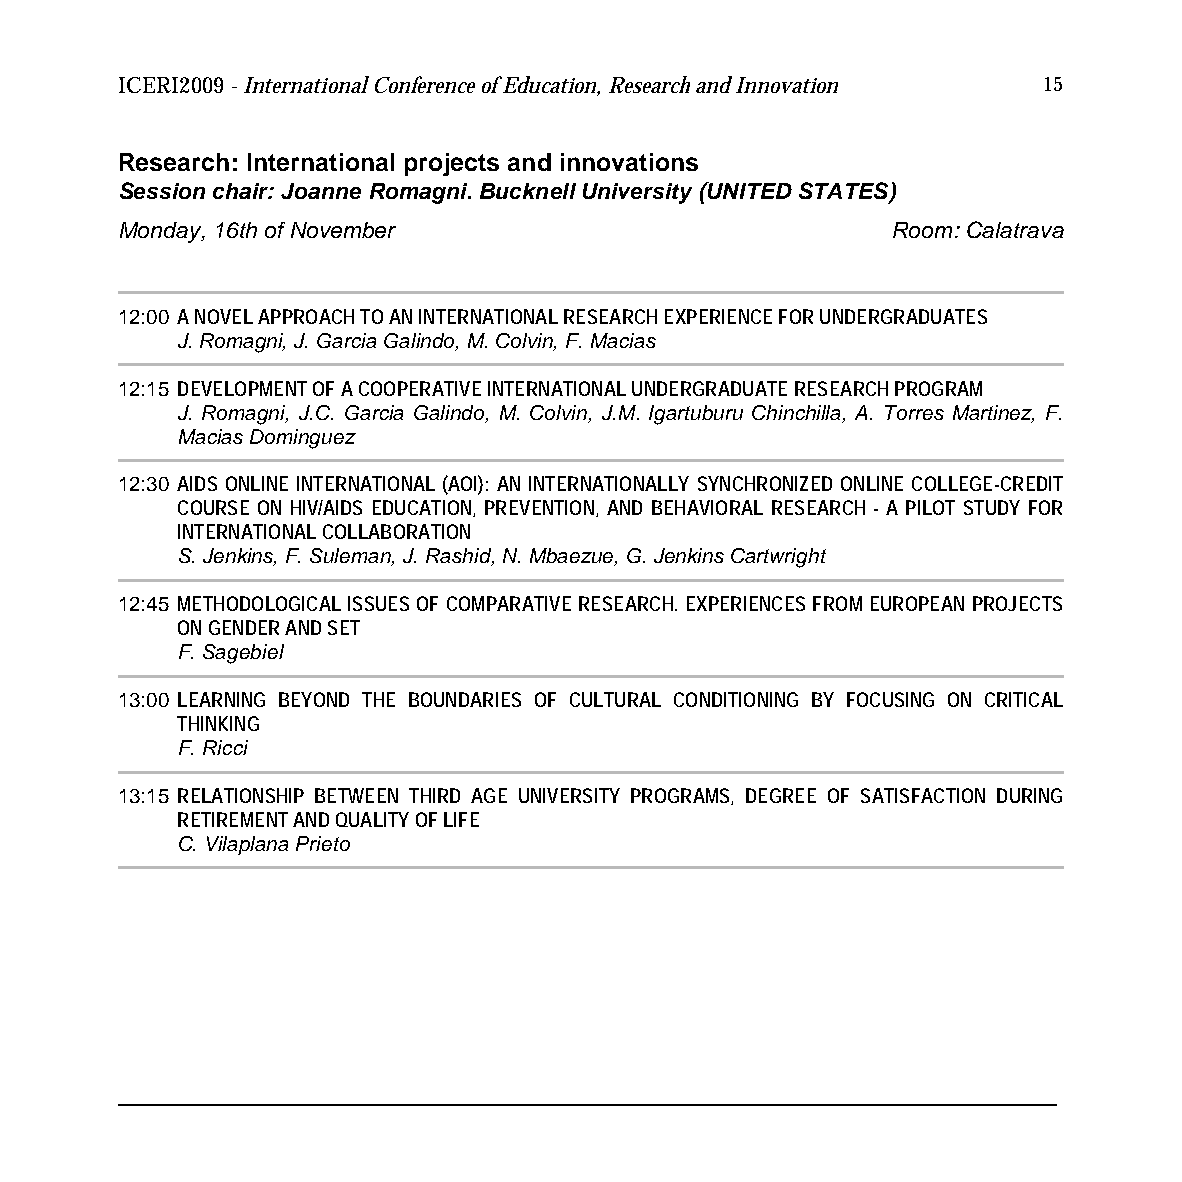
ICERI2009 - International Conference of Education, Research and Innovation 15
 Research: International projects and innovations
 Session chair: Joanne Romagni. Bucknell University (UNITED STATES)
 Monday, 16th of November                           Room: Calatrava
 12:00 A NOVEL APPROACH TO AN INTERNATIONAL RESEARCH EXPERIENCE FOR UNDERGRADUATES
 J. Romagni, J. Garcia Galindo, M. Colvin, F. Macias
 12:15 DEVELOPMENT OF A COOPERATIVE INTERNATIONAL UNDERGRADUATE RESEARCH PROGRAM
 J. Romagni, J.C. Garcia Galindo, M. Colvin, J.M. Igartuburu Chinchilla, A. Torres Martinez, F.
 Macias Dominguez
 12:30 AIDS ONLINE INTERNATIONAL (AOI): AN INTERNATIONALLY SYNCHRONIZED ONLINE COLLEGE-CREDIT
 COURSE ON HIV/AIDS EDUCATION, PREVENTION, AND BEHAVIORAL RESEARCH - A PILOT STUDY FOR
 INTERNATIONAL COLLABORATION
 S. Jenkins, F. Suleman, J. Rashid, N. Mbaezue, G. Jenkins Cartwright
 12:45 METHODOLOGICAL ISSUES OF COMPARATIVE RESEARCH. EXPERIENCES FROM EUROPEAN PROJECTS
 ON GENDER AND SET
 F. Sagebiel
 13:00 LEARNING BEYOND THE BOUNDARIES OF CULTURAL CONDITIONING BY FOCUSING ON CRITICAL
 THINKING
 F. Ricci
 13:15 RELATIONSHIP BETWEEN THIRD AGE UNIVERSITY PROGRAMS, DEGREE OF SATISFACTION DURING
 RETIREMENT AND QUALITY OF LIFE
 C. Vilaplana Prieto